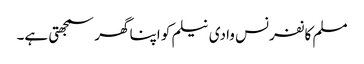
مسلم کانفرنس وادی نیلم کو اپنا گھر سمجھتی ہے۔